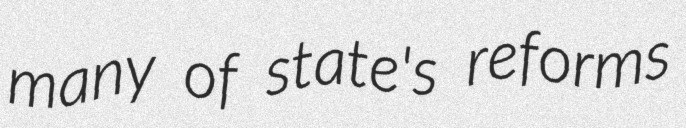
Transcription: many of state's reforms